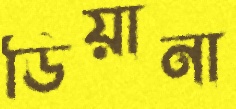
ডিয়ানা